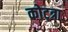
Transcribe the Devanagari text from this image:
कोट्त्रा